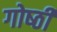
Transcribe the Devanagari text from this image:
गोष्‍ठी